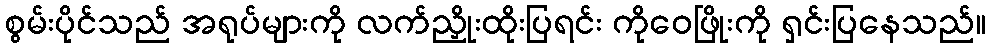
စွမ်းပိုင်သည် အရုပ်များကို လက်ညှိုးထိုးပြရင်း ကိုဝေဖြိုးကို ရှင်းပြနေသည်။